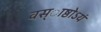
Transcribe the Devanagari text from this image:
वस्ाष्ठोऽयं